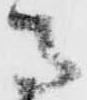
馬